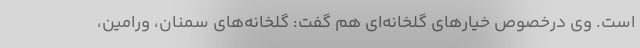
است. وی درخصوص خیار‌های گلخانه‌ای هم گفت: گلخانه‌های سمنان، ورامین،